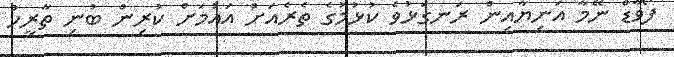
ފޯވާޑް ނޭމާ އަނިޔާއިން ރަނގަޅުވެ ކުޅުމުގެ ތެރެއަށް އައުމަށް ކުރިން ބުނި ތާރީހު